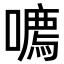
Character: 𪢔